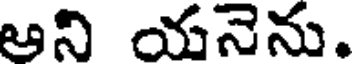
ఆని యనెను.